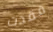
فقدت